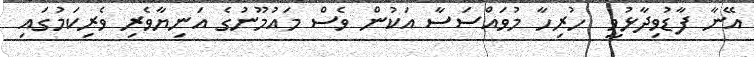
އޭނާ ފާޑުވިދާޅުވީ  ހުރިހާ މުވައްސަސާ އަކުން ވެސް މައުމޫނުގެ އަނިޔާވެރި ވެރިކަމުގައި